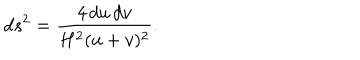
LaTeX: d s ^ { 2 } = \frac { 4 \, d u \, d v } { H ^ { 2 } ( u + v ) ^ { 2 } } .